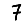
Digit: 7